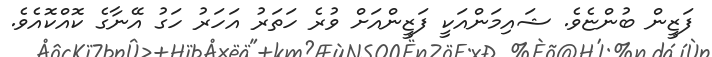
ފަޒީން ބުންޏެވެ. ޝައިމަންއަކީ ފަޒީންއަށް ވުރެ ހަތަރު އަހަރު ހަގު އޭނާގެ ކޮއްކޮއެވެ.